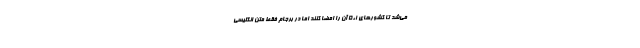
می‌شد تا کشورهای ۱+۵ آن را امضا کنند اما در برجام فقط متن انگلیسی